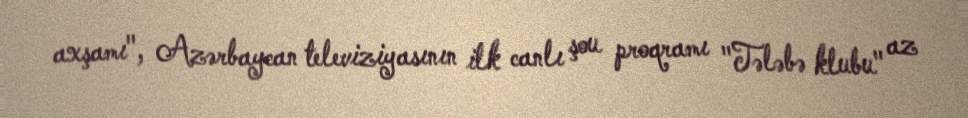
axşamı", Azərbaycan televiziyasının ilk canlı şou proqramı "Tələbə klubu" az